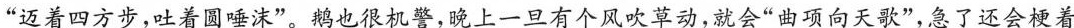
”迈着四方步，吐着圆唾沫”。鹅也很机警，晚上一旦有个风吹草动，就会”曲项向天歌”，急了还会梗着